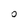
Character: O